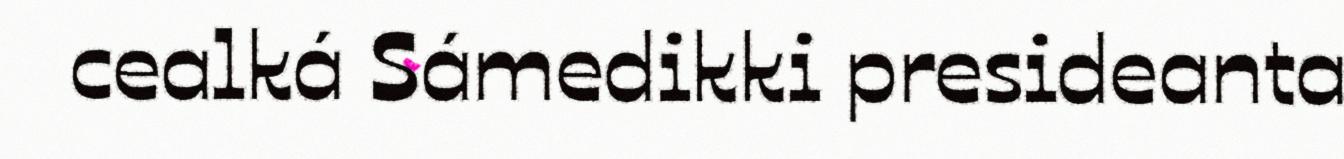
cealká Sámedikki presideanta